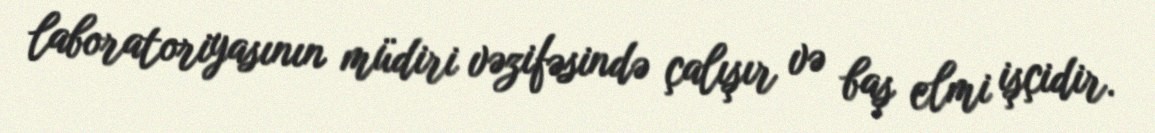
laboratoriyasının müdiri vəzifəsində çalışır və baş elmi işçidir.